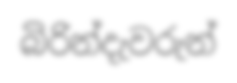
බිරින්දැවරුන්